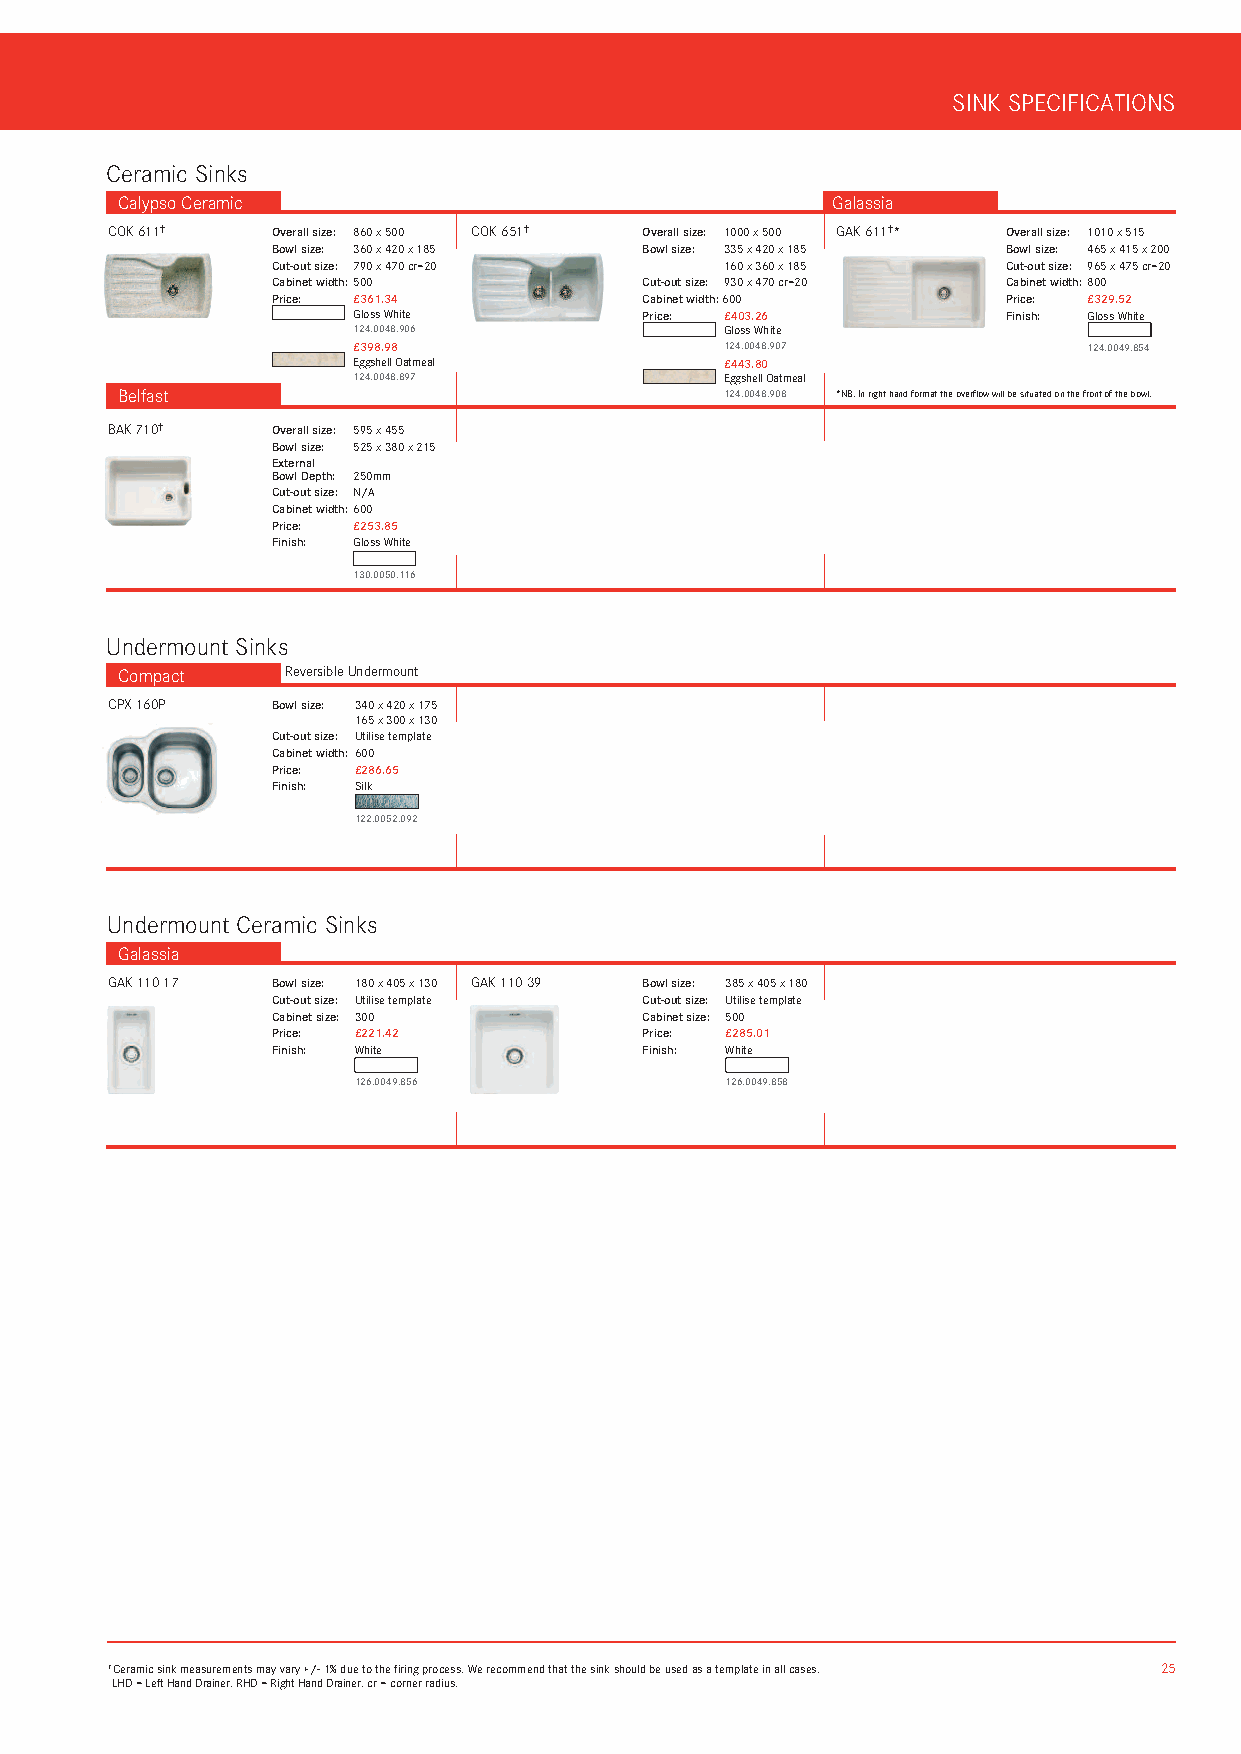
SINK SPECIFICATIONS
 Ceramic Sinks
 Calypso Ceramic                                Galassia
 COK 611†   Overall size: 860 x 500 COK 651† Overall size: 1000 x 500 GAK 611†* Overall size: 1010 x 515
 Bowl size: 360 x 420 x 185 Bowl size: 335 x 420 x 185 Bowl size: 465 x 415 x 200
 Cut-out size: 790 x 470 cr=20 160 x 360 x 185    Cut-out size: 965 x 475 cr=20
 Cabinet width: 500       Cut-out size: 930 x 470 cr=20 Cabinet width: 800
 Price: £361.34           Cabinet width: 600      Price: £329.52
 Gloss White         Price: £403.26          Finish: Gloss White
 124.0048.906             Gloss White
 £398.98                  124.0048.907            124.0049.854
 Eggshell Oatmeal         £443.80
 124.0048.897             Eggshell Oatmeal
 Belfast                                 124.0048.908 *NB. In right hand format the overflow will be situated on the front of the bowl.
 BAK 710†   Overall size: 595 x 455
 Bowl size: 525 x 380 x 215
 External
 Bowl Depth: 250mm
 Cut-out size: N/A
 Cabinet width: 600
 Price: £253.85
 Finish: Gloss White
 130.0050.116
 Undermount Sinks
 Compact    Reversible Undermount
 CPX 160P   Bowl size: 340 x 420 x 175
 165 x 300 x 130
 Cut-out size: Utilise template
 Cabinet width: 600
 Price: £286.65
 Finish: Silk
 122.0052.092
 Undermount Ceramic Sinks
 Galassia
 GAK 110 17 Bowl size: 180 x 405 x 130 GAK 110 39 Bowl size: 385 x 405 x 180
 Cut-out size: Utilise template Cut-out size: Utilise template
 Cabinet size: 300        Cabinet size: 500
 Price: £221.42           Price: £285.01
 Finish: White            Finish: White
 126.0049.856             126.0049.858
 †Ceramic sink measurements may vary +/- 1% due to the firing process. We recommend that the sink should be used as a template in all cases. 25
 LHD = Left Hand Drainer. RHD = Right Hand Drainer. cr = corner radius.